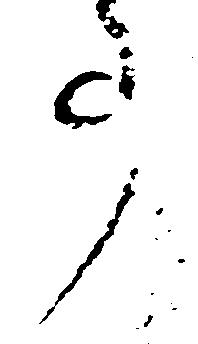
事